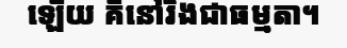
ឡើយ គឺនៅរឹងជាធម្មតា។